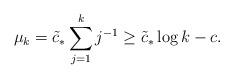
LaTeX: \begin{align*}\mu_k = \tilde{c}_* \sum_{j=1}^k j^{-1} \geq \tilde{c}_* \log k -c.\end{align*}